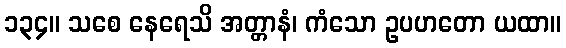
၁၃၄။ သစေ နေရေသိ အတ္တာနံ၊ ကံသော ဥပဟတော ယထာ။